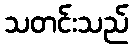
သတင်းသည်